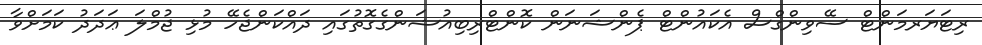
ރިޓަޔަރމަންޓް ސޭވިންގްސް އެކައުންޓް ޕެންޝަނަން ކޮންޓްރިބިއުޝަންގެގޮތުގައި ދައްކަންޖެހޭ މުޅި ޖުމްލަ ޢަދަދު ކަމަށްވާ